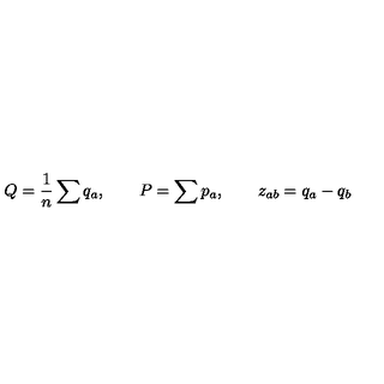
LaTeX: Q = { \frac { 1 } { n } } \sum q _ { a } , \qquad P = \sum p _ { a } , \qquad z _ { a b } = q _ { a } - q _ { b }